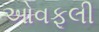
ઓવફૂલી